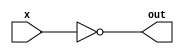
module not1(x,out);
input x;
output out;
assign out = ~x;
endmodule